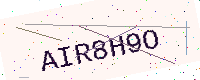
Text: AIR8H9O